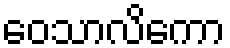
ဝေသာလိကော